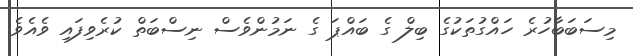
މިސަބަބާހުރެ ހައްގުތަކުގެ ބިލް ގެ ބައްޕަ ގެ ނަމުންވެސް ނިސްބަތް ކުރެވިފައި ވެއެވެ.